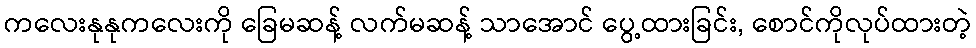
ကလေးနုနုကလေးကို ခြေမဆန့် လက်မဆန့် သာအောင် ပွေ့ထားခြင်း, စောင်ကိုလုပ်ထားတဲ့